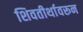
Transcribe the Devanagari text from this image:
शिवतीर्थावरून